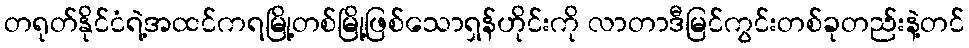
တရုတ်နိုင်ငံရဲ့အထင်ကရမြို့တစ်မြို့ဖြစ်သောရှန်ဟိုင်းကို လာတာဒီမြင်ကွင်းတစ်ခုတည်းနဲ့တင်